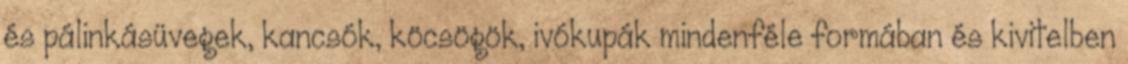
és pálinkásüvegek, kancsók, köcsögök, ivókupák mindenféle formában és kivitelben